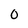
Character: 0